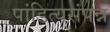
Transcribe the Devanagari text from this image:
पांडित्यसंपन्न